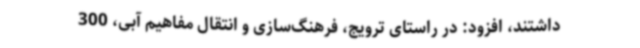
داشتند، افزود: در راستای ترویج، فرهنگ‌سازی و انتقال مفاهیم آبی، 300